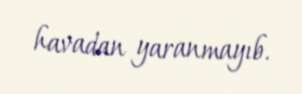
havadan yaranmayıb.